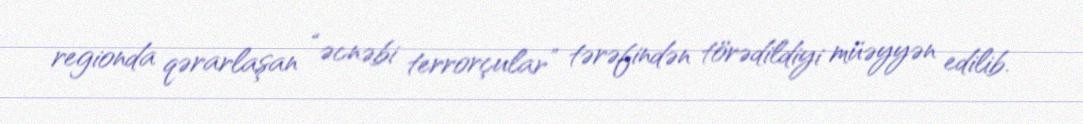
regionda qərarlaşan “əcnəbi terrorçular” tərəfindən törədildiyi müəyyən edilib.